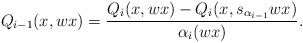
\begin{align*}Q_{i-1}(x, wx) = \frac{Q_i(x, wx) - Q_i(x, s_{\alpha_{i-1}}wx)}{\alpha_i(wx)}.\end{align*}